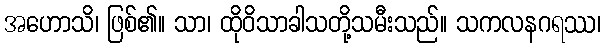
အဟောသိ၊ ဖြစ်၏။ သာ၊ ထိုဝိသာခါသတို့သမီးသည်။ သကလနဂရဿ၊